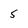
Character: 5